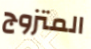
المتزوج